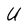
Character: U